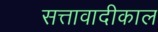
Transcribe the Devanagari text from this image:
सत्तावादीकाल